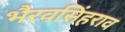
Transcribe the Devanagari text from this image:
भैरवसिंहराव